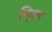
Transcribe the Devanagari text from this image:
लि्टल